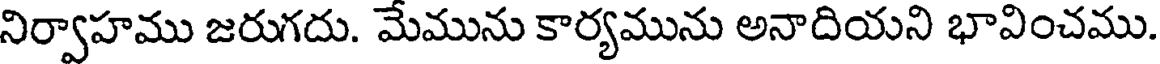
నిర్వాహము జరుగదు. మేమును కార్యమును అనాదియని భావించము